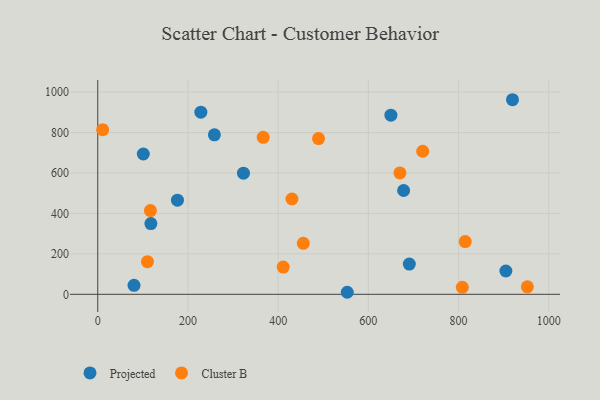
{"axis": {"x": "Investment", "y": "Sales"}, "legend": ["Cluster B", "Projected"], "data": [{"x": "258.6", "y": 788.5, "type": "Projected"}, {"x": "919.6", "y": 962.2, "type": "Projected"}, {"x": "678.2", "y": 513.4, "type": "Projected"}, {"x": "904.9", "y": 115.4, "type": "Projected"}, {"x": "117.8", "y": 349.6, "type": "Projected"}, {"x": "101.0", "y": 693.9, "type": "Projected"}, {"x": "228.6", "y": 900.6, "type": "Projected"}, {"x": "176.7", "y": 465.3, "type": "Projected"}, {"x": "650.0", "y": 885.6, "type": "Projected"}, {"x": "80.4", "y": 44.7, "type": "Projected"}, {"x": "553.2", "y": 10.1, "type": "Projected"}, {"x": "323.1", "y": 599.2, "type": "Projected"}, {"x": "690.8", "y": 149.5, "type": "Projected"}, {"x": "430.6", "y": 471.4, "type": "Cluster B"}, {"x": "808.4", "y": 34.8, "type": "Cluster B"}, {"x": "455.8", "y": 251.9, "type": "Cluster B"}, {"x": "814.8", "y": 260.9, "type": "Cluster B"}, {"x": "489.6", "y": 770.3, "type": "Cluster B"}, {"x": "110.2", "y": 161.3, "type": "Cluster B"}, {"x": "670.0", "y": 600.2, "type": "Cluster B"}, {"x": "10.8", "y": 814.2, "type": "Cluster B"}, {"x": "720.5", "y": 707.4, "type": "Cluster B"}, {"x": "952.6", "y": 37.2, "type": "Cluster B"}, {"x": "411.2", "y": 134.8, "type": "Cluster B"}, {"x": "116.8", "y": 414.2, "type": "Cluster B"}, {"x": "366.8", "y": 776.5, "type": "Cluster B"}]}